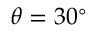
\theta = 3 0 ^ { \circ }